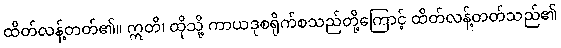
ထိတ်လန့်တတ်၏။ ဣတိ၊ ထိုသို့ ကာယဒုစရိုက်စသည်တို့ကြောင့် ထိတ်လန့်တတ်သည်၏